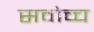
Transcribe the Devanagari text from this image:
सवोच्च